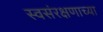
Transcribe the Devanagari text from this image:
स्वसंरक्षणाच्या